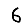
Digit: 6